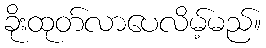
ခိုးထုတ်လာပေလိမ့်မည်။